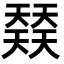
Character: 𡚌